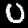
Label: 0